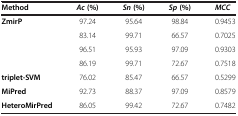
<table><thead><tr><td><b>Method</b></td><td><b><i>Ac </i>(%)</b></td><td><b><i>Sn </i>(%)</b></td><td><b><i>Sp </i>(%)</b></td><td><b><i>MCC</i></b></td></tr></thead><tbody><tr><td><b>ZmirP</b></td><td>97.24</td><td>95.64</td><td>98.84</td><td>0.9453</td></tr><tr><td> </td><td>83.14</td><td>99.71</td><td>66.57</td><td>0.7025</td></tr><tr><td> </td><td>96.51</td><td>95.93</td><td>97.09</td><td>0.9303</td></tr><tr><td> </td><td>86.19</td><td>99.71</td><td>72.67</td><td>0.7518</td></tr><tr><td><b>triplet-SVM</b></td><td>76.02</td><td>85.47</td><td>66.57</td><td>0.5299</td></tr><tr><td><b>MiPred</b></td><td>92.73</td><td>88.37</td><td>97.09</td><td>0.8579</td></tr><tr><td><b>HeteroMirPred</b></td><td>86.05</td><td>99.42</td><td>72.67</td><td>0.7482</td></tr></tbody></table>